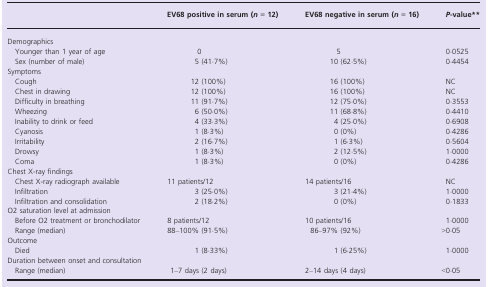
|  | EV68 positive in serum (n = 12) | EV68 negative in serum (n = 16) | P-value** |
 | --- | --- | --- | --- |
 | <COLSPAN=4> Demographics |
 | Younger than 1 year of age | 0 | 5 | 0·0525 |
 | Sex (number of male) | 5 (41·7%) | 10 (62·5%) | 0·4454 |
 | <COLSPAN=4> Symptoms |
 | Cough | 12 (100%) | 16 (100%) | NC |
 | Chest in drawing | 12 (100%) | 16 (100%) | NC |
 | Difficulty in breathing | 11 (91·7%) | 12 (75·0%) | 0·3553 |
 | Wheezing | 6 (50·0%) | 11 (68·8%) | 0·4410 |
 | Inability to drink or feed | 4 (33·3%) | 4 (25·0%) | 0·6908 |
 | Cyanosis | 1 (8·3%) | 0 (0%) | 0·4286 |
 | Irritability | 2 (16·7%) | 1 (6·3%) | 0·5604 |
 | Drowsy | 1 (8·3%) | 2 (12·5%) | 1·0000 |
 | Coma | 1 (8·3%) | 0 (0%) | 0·4286 |
 | <COLSPAN=4> Chest X-ray findings |
 | Chest X-ray radiograph available | 11 patients/12 | 14 patients/16 | NC |
 | Infiltration | 3 (25·0%) | 3 (21·4%) | 1·0000 |
 | Infiltration and consolidation | 2 (18·2%) | 0 (0%) | 0·1833 |
 | <COLSPAN=4> O2 saturation level at admission |
 | Before O2 treatment or bronchodilator | 8 patients/12 | 10 patients/16 | 1·0000 |
 | Range (median) | 88–100% (91·5%) | 86–97% (92%) | >0·05 |
 | <COLSPAN=4> Outcome |
 | Died | 1 (8·33%) | 1 (6·25%) | 1·0000 |
 | <COLSPAN=4> Duration between onset and consultation |
 | Range (median) | 1–7 days (2 days) | 2–14 days (4 days) | <0·05 |